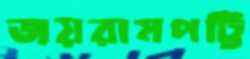
জয়রামপট্টি